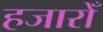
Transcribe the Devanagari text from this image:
हजारोँ